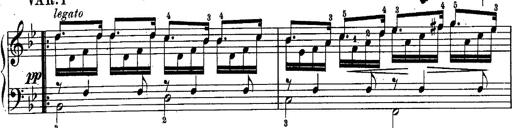
Title: Schubert's Impromptus [revised and edited by Franz Liszt]
Composer: Franz Liszt